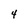
Character: 4